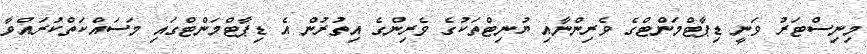
މިނިސްޓަރު ވަނީ ޑިޕާޓްމަންޓްގެ ވެރިންނާއި ޔުނިޓްތަކުގެ ވެރިންގެ އިތުރުން އެ ޑިޕާޓްމަންޓްގައި މަސައްކަތްކުރައްވާ